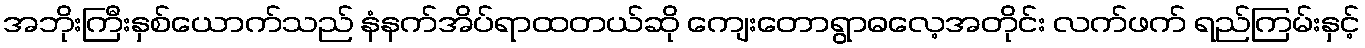
အဘိုးကြီးနှစ်ယောက်သည် နံနက်အိပ်ရာထတယ်ဆို ကျေးတောရွာဓလေ့အတိုင်း လက်ဖက် ရည်ကြမ်းနှင့်